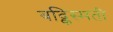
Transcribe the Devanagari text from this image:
बद्किस्मती